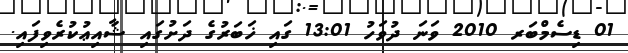
01 ޑިސެމްބަރ 2010 ވަނަ ދުވަހު 13:01 ގައި ޚަބަރުގެ ދަށުގައި ޝާއިޢުކުރެވިފައި.